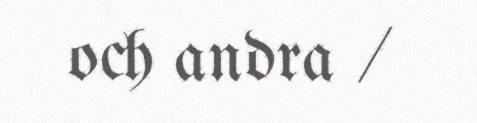
och andra /